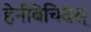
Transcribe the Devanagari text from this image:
हेर्नबिचिदेस्